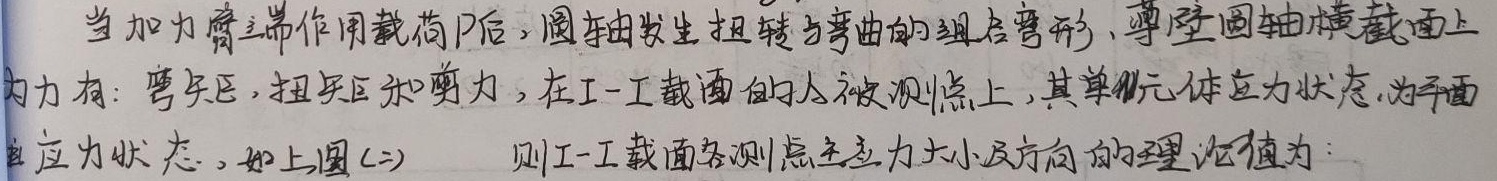
当加力臂端作用载荷\(P\)后，圆轴发生扭转与弯曲的组合变形，薄壁圆轴横截面上内力有：弯矩，扭矩和剪力，在Ⅰ - Ⅰ截面的各被测点上，其单元体应力状态为平面应力状态。如上图(二)  则Ⅰ - Ⅰ截面各测点主应力大小及方向的理论值为：